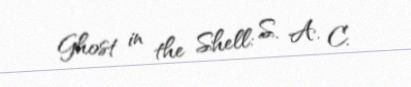
Ghost in the Shell: S. A. C.